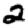
Digit: 2